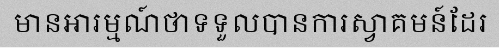
មានអារម្មណ៍ថាទទួលបានការស្វាគមន៍ដែរ